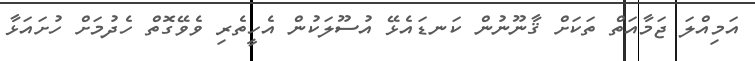
އަމިއްލަ ޖަމާއަތް ތަކަށް ޤާނޫނުން ކަނޑައެޅޭ އުސޫލަކުން އެހީތެރި ވެވޭގޮތް ހެދުމަށް ހުށައަޅާ